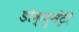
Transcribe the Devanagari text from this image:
डोक्युमेंट्री